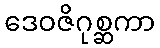
ဒေဝဇိဂုစ္ဆကာ